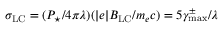
\sigma _ { \mathrm { L C } } = ( P _ { \star } / 4 \pi \lambda ) ( | e | B _ { \mathrm { L C } } / m _ { e } c ) = 5 \gamma _ { \mathrm { m a x } } ^ { \pm } / \lambda